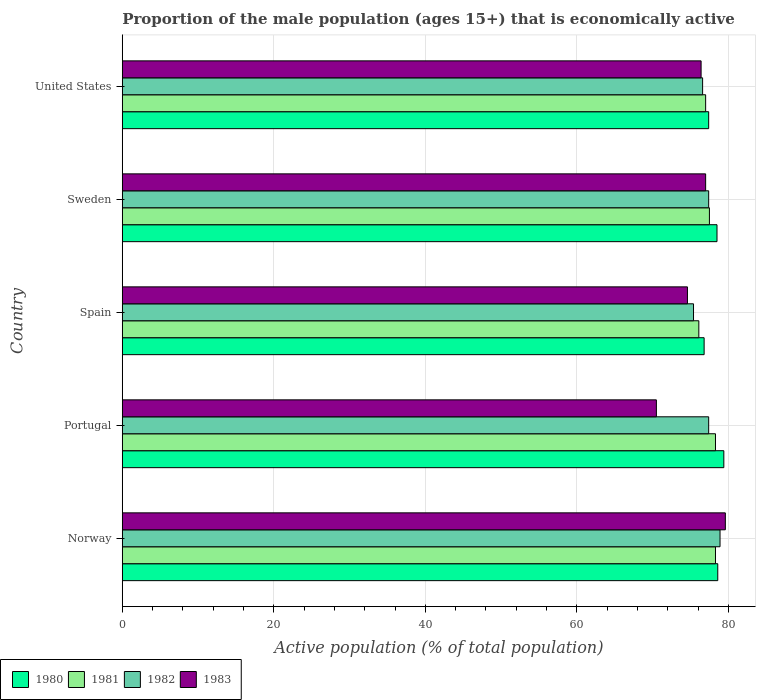
| Country | 1980 | 1981 | 1982 | 1983 |
 | --- | --- | --- | --- | --- |
 | Norway | 78.6 | 78.3 | 78.9 | 79.6 |
 | Portugal | 79.4 | 78.3 | 77.4 | 70.5 |
 | Spain | 76.8 | 76.1 | 75.4 | 74.6 |
 | Sweden | 78.5 | 77.5 | 77.4 | 77 |
 | United States | 77.4 | 77 | 76.6 | 76.4 |